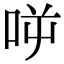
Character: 𠱘